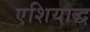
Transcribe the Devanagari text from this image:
एशियाद्ध